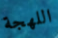
اللهجة